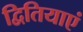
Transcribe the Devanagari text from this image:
द्वितियाएं